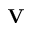
\mathbf { V }